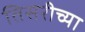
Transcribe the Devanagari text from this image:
तिसरीच्या